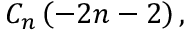
C _ { n } \left( - 2 n - 2 \right) ,